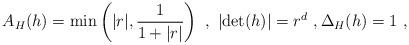
LaTeX: \begin{align*} A_H(h) = \min\left( |r|,\frac{1}{1+|r|} \right)~,~|{\rm det}(h)| = r^d~,\Delta_H (h) = 1~, \end{align*}